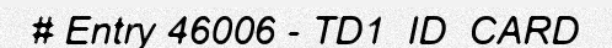
# Entry 46006 - TD1_ID_CARD